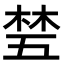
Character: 𬂽